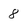
Character: 8